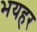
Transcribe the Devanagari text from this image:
भयहर